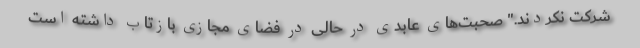
شرکت نکردند." صحبت‌های عابدی در حالی در فضای مجازی بازتاب داشته است